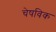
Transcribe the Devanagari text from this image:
चेषविक